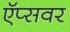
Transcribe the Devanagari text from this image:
ऍप्सवर